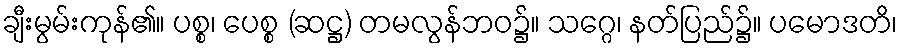
ချီးမွမ်းကုန်၏။ ပစ္စ၊ ပေစ္စ (ဆဋ္ဌ) တမလွန်ဘဝ၌။ သဂ္ဂေ၊ နတ်ပြည်၌။ ပမောဒတိ၊